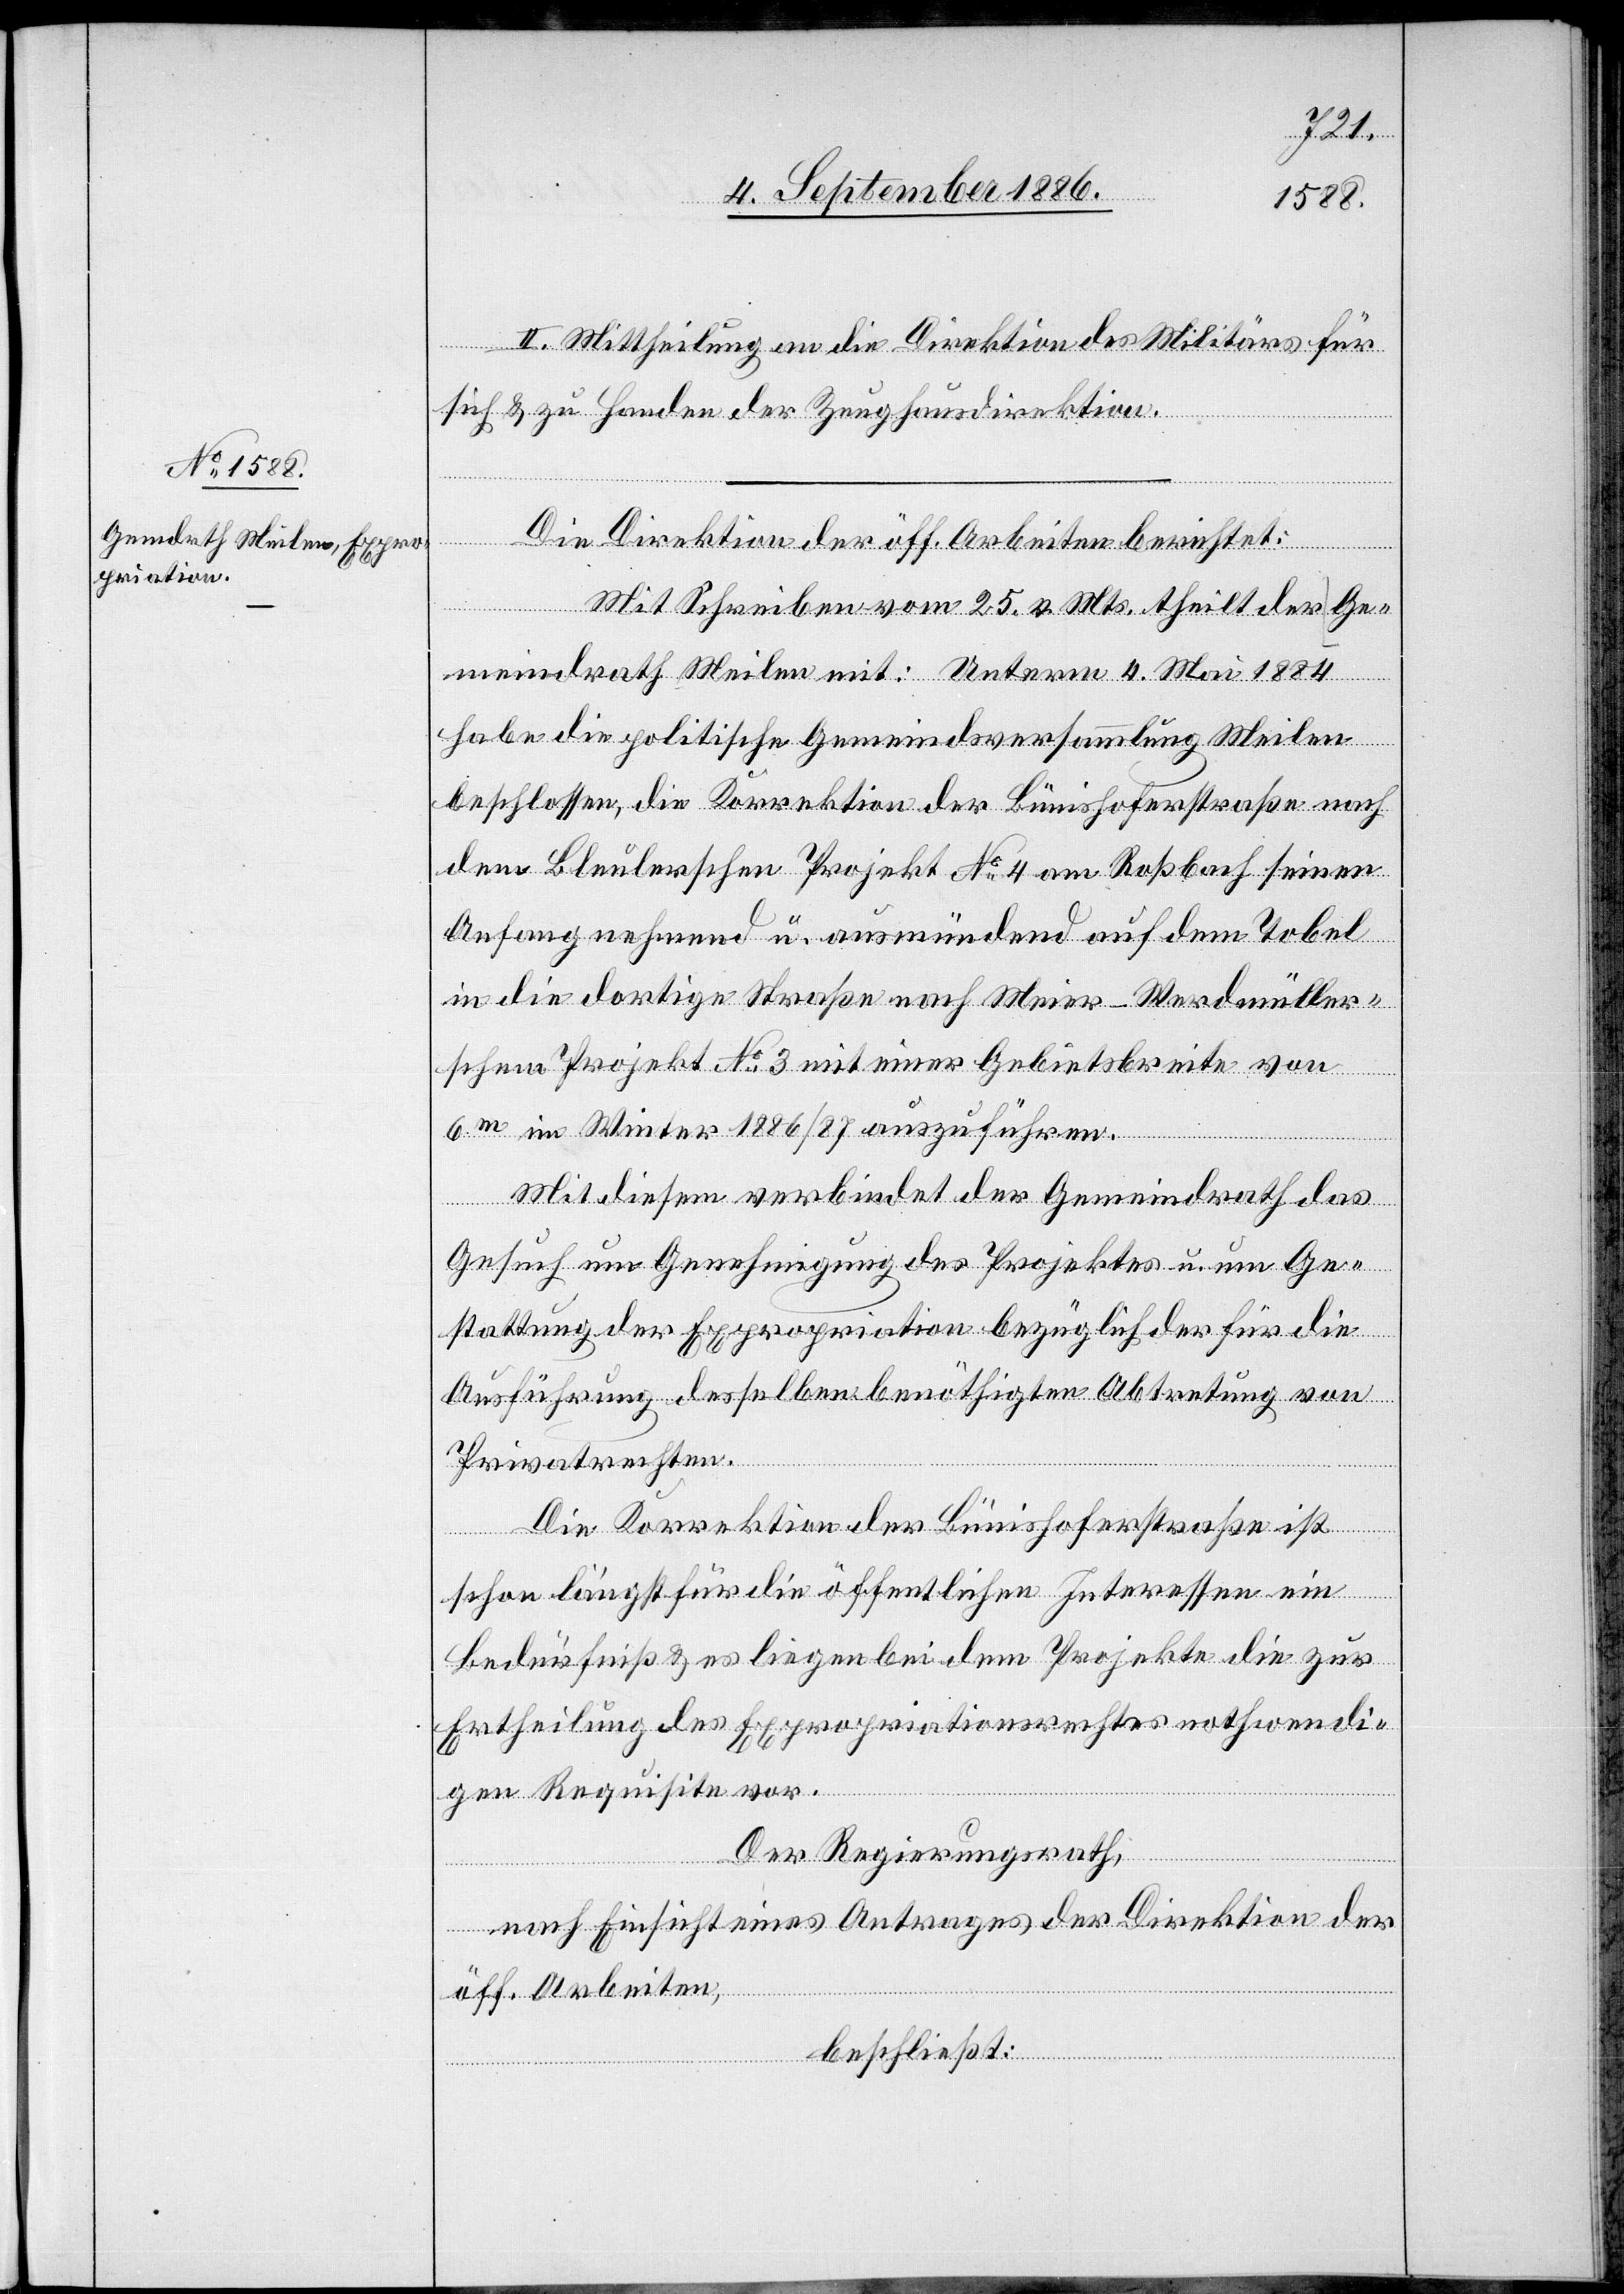
II. Mittheilung an die Direktion des Militärs für
sich & zu Handen der Zeughausdirektion.
Die Direktion der öff. Arbeiten berichtet:
Mit Schreiben vom 25. v. Mts. theilt der Ge¬
meindrath Meilen mit: Unterm 4. Mai 1884
habe die politische Gemeindeversammlung Meilen
beschlossen, die Korrektion der Bünishoferstraße nach
dem Bleulerschen Projekt No 4 am Roßbach seinen
Anfang nehmend u. ausmündend auf dem Tobel
in die dortige Straße nach Meier-Werdmüller¬
schem Projekt No 3 mit einer Gebietsbreite von
6m im Winter 1886/87 auszuführen.
Mit diesem verbindet der Gemeindrath das
Gesuch um Genehmigung des Projektes u. um Ge¬
stattung der Expropriation bezüglich der für die
Ausführung desselben benöthigten Abtretung von
Privatrechten.
Die Korrektion der Bünishoferstraße ist
schon längst für die öffentlichen Interessen ein
Bedürfniß & es liegen bei dem Projekte die zur
Ertheilung des Expropriationsrechtes nothwendi¬
gen Requisite vor.
Der Regierungsrath,
nach Einsicht eines Antrages der Direktion der
öff. Arbeiten,
beschließt: